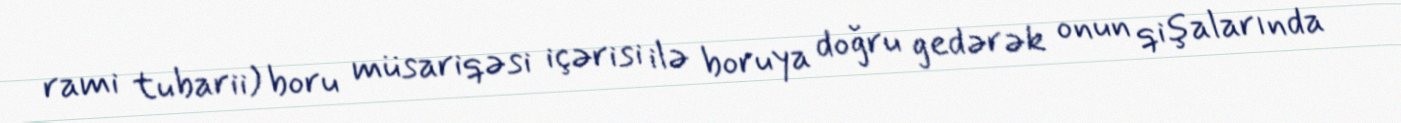
rami tubarii) boru müsariqəsi içərisi ilə boruya doğru gedərək onun qişalarında